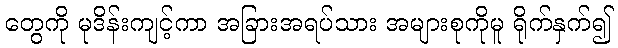
တွေကို မုဒိန်းကျင့်ကာ အခြားအရပ်သား အများစုကိုမူ ရိုက်နှက်၍